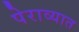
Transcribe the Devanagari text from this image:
पेराव्यात